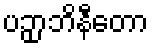
ပဉှာဘိနီတော